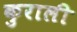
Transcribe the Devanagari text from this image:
कुराली